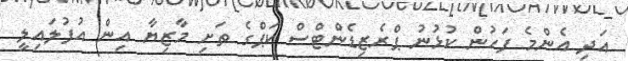
އަދި އެންމެ ފަހުން ކުޅުނު ޕްރެޒިޑެންޓްސް ކަޕްގެ ތަށި މާޒިޔާ އިން އުފުލައިލީ